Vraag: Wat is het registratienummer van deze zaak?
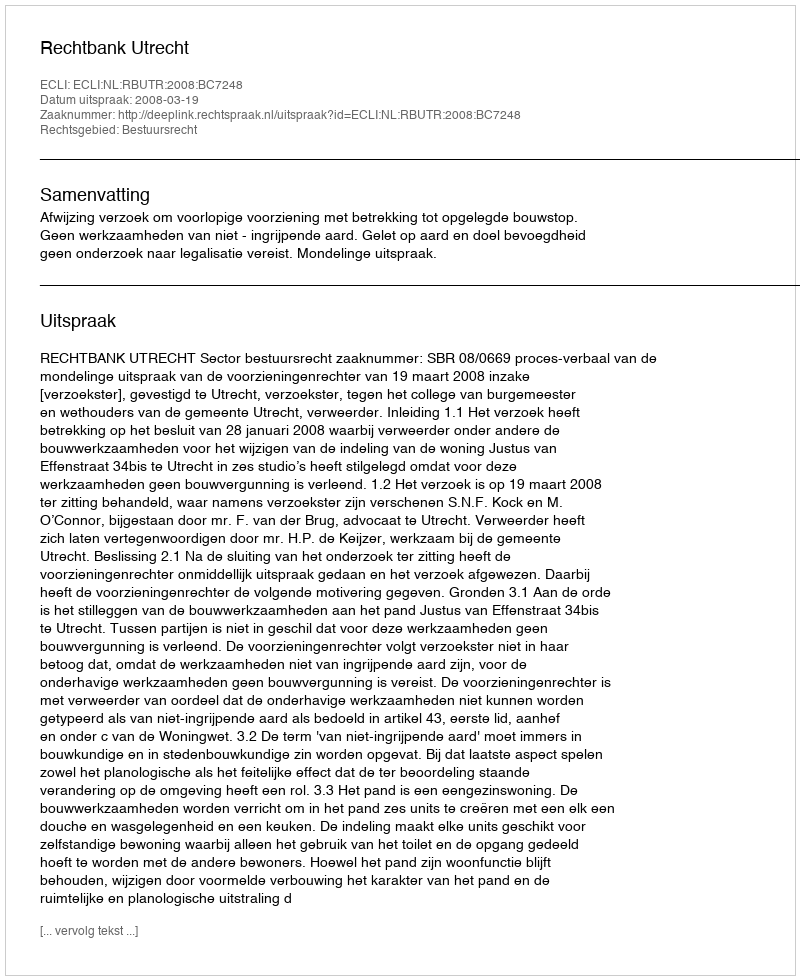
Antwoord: http://deeplink.rechtspraak.nl/uitspraak?id=ECLI:NL:RBUTR:2008:BC7248